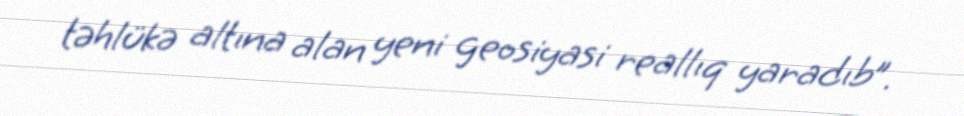
təhlükə altına alan yeni geosiyasi reallıq yaradıb”.